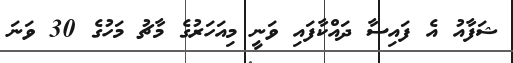
ޝަފާއު އެ ފައިސާ ދައްކާފައި ވަނީ މިއަހަރުގެ މާޗު މަހުގެ 30 ވަނަ